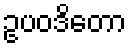
ဥပဝဒိတော